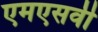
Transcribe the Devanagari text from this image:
एमएसवी